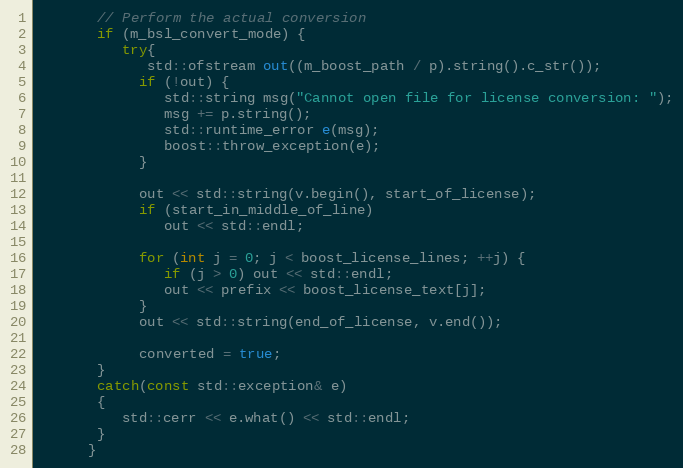
Language: C++
       // Perform the actual conversion
       if (m_bsl_convert_mode) {
          try{
             std::ofstream out((m_boost_path / p).string().c_str());
            if (!out) {
               std::string msg("Cannot open file for license conversion: ");
               msg += p.string();
               std::runtime_error e(msg);
               boost::throw_exception(e);
            }

            out << std::string(v.begin(), start_of_license);
            if (start_in_middle_of_line)
               out << std::endl;

            for (int j = 0; j < boost_license_lines; ++j) {
               if (j > 0) out << std::endl;
               out << prefix << boost_license_text[j];
            }
            out << std::string(end_of_license, v.end());

            converted = true;
       }
       catch(const std::exception& e)
       {
          std::cerr << e.what() << std::endl;
       }
      }